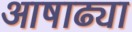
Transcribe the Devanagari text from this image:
आषाढ्या